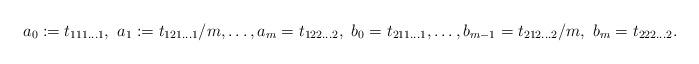
LaTeX: \begin{align*}a_0:=t_{111\dots 1},\ a_1:=t_{121\dots 1}/m,\dots, a_m=t_{122\dots2},\ b_0=t_{211\dots1},\dots,b_{m-1}=t_{212\dots 2}/m,\ b_m=t_{222\dots 2}.\end{align*}